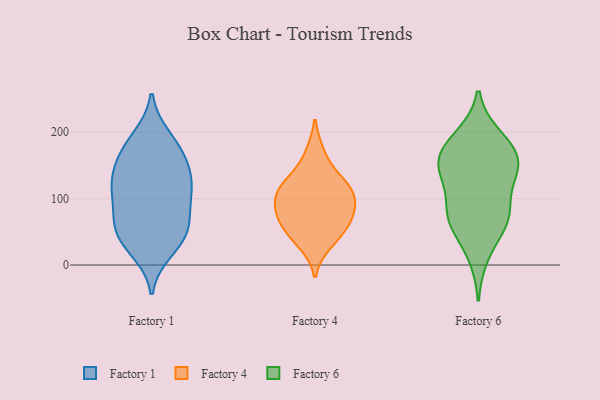
{"axis": {"x": "Active Users", "y": "Value"}, "legend": ["Factory 1", "Factory 4", "Factory 6"], "data": [{"x": "", "y": 114, "type": "Factory 1"}, {"x": "", "y": 194, "type": "Factory 1"}, {"x": "", "y": 107, "type": "Factory 1"}, {"x": "", "y": 20, "type": "Factory 1"}, {"x": "", "y": 28, "type": "Factory 1"}, {"x": "", "y": 189, "type": "Factory 1"}, {"x": "", "y": 155, "type": "Factory 1"}, {"x": "", "y": 125, "type": "Factory 1"}, {"x": "", "y": 125, "type": "Factory 1"}, {"x": "", "y": 56, "type": "Factory 1"}, {"x": "", "y": 123, "type": "Factory 1"}, {"x": "", "y": 158, "type": "Factory 1"}, {"x": "", "y": 49, "type": "Factory 1"}, {"x": "", "y": 97, "type": "Factory 1"}, {"x": "", "y": 59, "type": "Factory 1"}, {"x": "", "y": 152, "type": "Factory 1"}, {"x": "", "y": 37, "type": "Factory 1"}, {"x": "", "y": 77, "type": "Factory 1"}, {"x": "", "y": 176, "type": "Factory 1"}, {"x": "", "y": 67, "type": "Factory 1"}, {"x": "", "y": 44, "type": "Factory 4"}, {"x": "", "y": 94, "type": "Factory 4"}, {"x": "", "y": 123, "type": "Factory 4"}, {"x": "", "y": 113, "type": "Factory 4"}, {"x": "", "y": 107, "type": "Factory 4"}, {"x": "", "y": 32, "type": "Factory 4"}, {"x": "", "y": 70, "type": "Factory 4"}, {"x": "", "y": 66, "type": "Factory 4"}, {"x": "", "y": 131, "type": "Factory 4"}, {"x": "", "y": 66, "type": "Factory 4"}, {"x": "", "y": 93, "type": "Factory 4"}, {"x": "", "y": 169, "type": "Factory 4"}, {"x": "", "y": 55, "type": "Factory 6"}, {"x": "", "y": 162, "type": "Factory 6"}, {"x": "", "y": 70, "type": "Factory 6"}, {"x": "", "y": 127, "type": "Factory 6"}, {"x": "", "y": 192, "type": "Factory 6"}, {"x": "", "y": 161, "type": "Factory 6"}, {"x": "", "y": 194, "type": "Factory 6"}, {"x": "", "y": 74, "type": "Factory 6"}, {"x": "", "y": 84, "type": "Factory 6"}, {"x": "", "y": 161, "type": "Factory 6"}, {"x": "", "y": 142, "type": "Factory 6"}, {"x": "", "y": 127, "type": "Factory 6"}, {"x": "", "y": 72, "type": "Factory 6"}, {"x": "", "y": 161, "type": "Factory 6"}, {"x": "", "y": 14, "type": "Factory 6"}]}